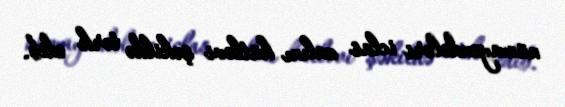
nümayəndələri iclas zalını kütləvi şəkildə tərk edib.